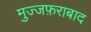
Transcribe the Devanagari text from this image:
मुज्जफ़राबाद